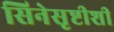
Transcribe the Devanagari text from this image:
सिनेसृष्टीशी